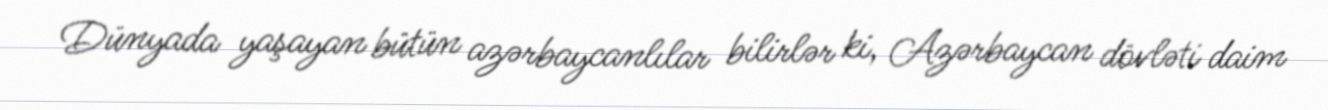
Dünyada yaşayan bütün azərbaycanlılar bilirlər ki, Azərbaycan dövləti daim